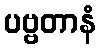
ပဗ္ဗတာနံ